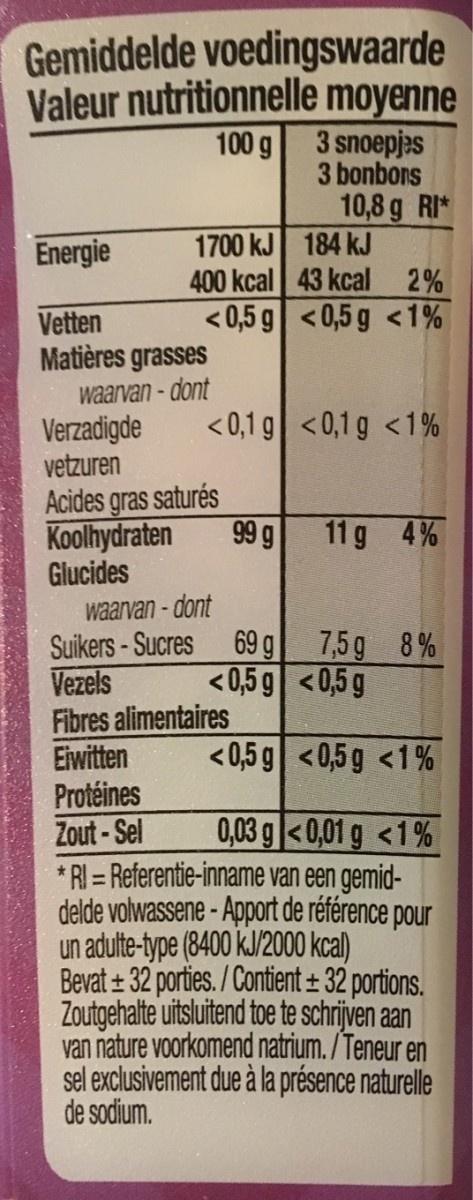
Gemiddelde voedingswaarde Valeur nutritionnelle moyenne 100 g 3 snoepjas 3 bonbons 10,8 g RI* 1700 kJ 184 kJ 400 kcal 43 kcal 2% Energie < 0,5 g < 0,5 g <1% Vetten Matières grasses waarvan - dont Verzadigde vetzuren <0,1 g <0,1 g <1% Acides gras saturés Koolhydraten Glucides waarvan - dont Suikers-Sucres 69 g 7,5g 8% Vezels Fibres alimentaires Eiwitten Protéines Zout - Sel 99 g 11 g 4% < 0,5 g <0,5 g <0,5 g <0,5 g <1% 0,03 g<0,01 g <1% * RI = Referentie-inname van een gemid- delde volwassene - Apport de référence pour un adulte-type (8400 k.J/2000 kcal) Bevat + 32 porties. / Contient ± 32 portions. Zoutgehalte uitsluitend toe te schrijven aan van nature voorkomend natrium. /Teneur en sel exclusivement due à la présence naturelle de sodium.